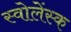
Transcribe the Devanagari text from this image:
स्वोलेंस्क